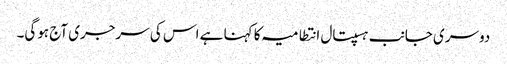
دوسری جانب ہسپتال انتطامیہ کا کہنا ہے اس کی سرجری آج ہوگی۔